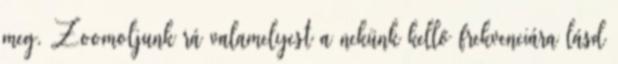
meg. Zoomoljunk rá valamelyest a nekünk kellő frekvenciára lásd